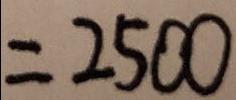
= 2 5 0 0